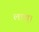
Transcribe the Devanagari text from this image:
लाख्।